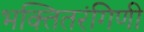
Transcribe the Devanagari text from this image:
भक्तितरंगिणी